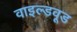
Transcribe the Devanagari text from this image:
वाइल्डवूड